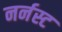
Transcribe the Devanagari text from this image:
नर्नस्ट